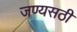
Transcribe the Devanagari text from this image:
जण्यसठी